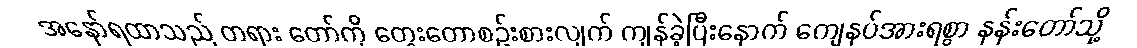
အနော်ရထာသည် တရား တော်ကို တွေးတောစဉ်းစားလျက် ကျန်ခဲ့ပြီးနောက် ကျေနပ်အားရစွာ နန်းတော်သို့